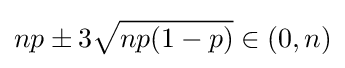
np\pm 3{\sqrt {np(1-p)}}\in (0,n)